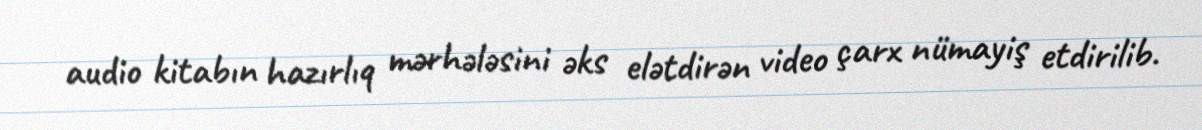
audio kitabın hazırlıq mərhələsini əks elətdirən video çarx nümayiş etdirilib.